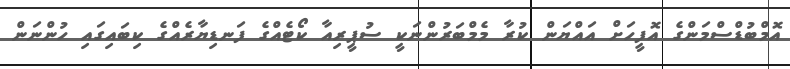
އޮމްބުޑްސްމަންގެ އޮފީހަށް އައްޔަން ކުރާ މެމްބަރުންނަކީ ސުޕީރިއާ ކޯޓެއްގެ ފަނޑިޔާރެއްގެ ކިބައިގައި ހުންނަން